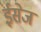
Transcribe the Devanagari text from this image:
ईसेज